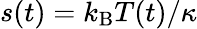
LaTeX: s(t)=k_{\mathrm{B}}T(t)/\kappa